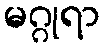
မဂ္ဂုရာ